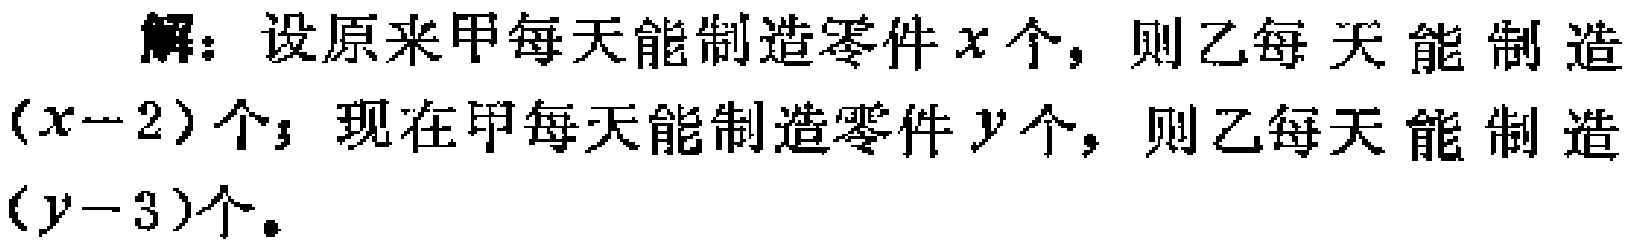
解：设原来甲每天能制造零件\(x\)个，则乙每天能制造\((x - 2)\)个；现在甲每天能制造零件\(y\)个，则乙每天能制造\((y - 3)\)个。